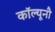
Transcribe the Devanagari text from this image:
कॉल्यूनौ